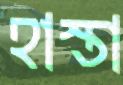
হাস্তা